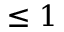
\leq 1